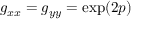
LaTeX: g _ { x x } = g _ { y y } = \exp ( 2 p )